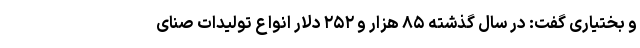
و بختیاری گفت: در سال گذشته ۸۵ هزار و ۲۵۲ دلار انواع تولیدات صنای